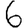
Digit: 6